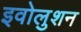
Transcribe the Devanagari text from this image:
इवोलुशन